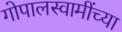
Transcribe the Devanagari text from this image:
गोपालस्वामींच्या